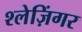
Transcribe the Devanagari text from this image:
श्लेज़िंगर